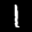
Label: 1